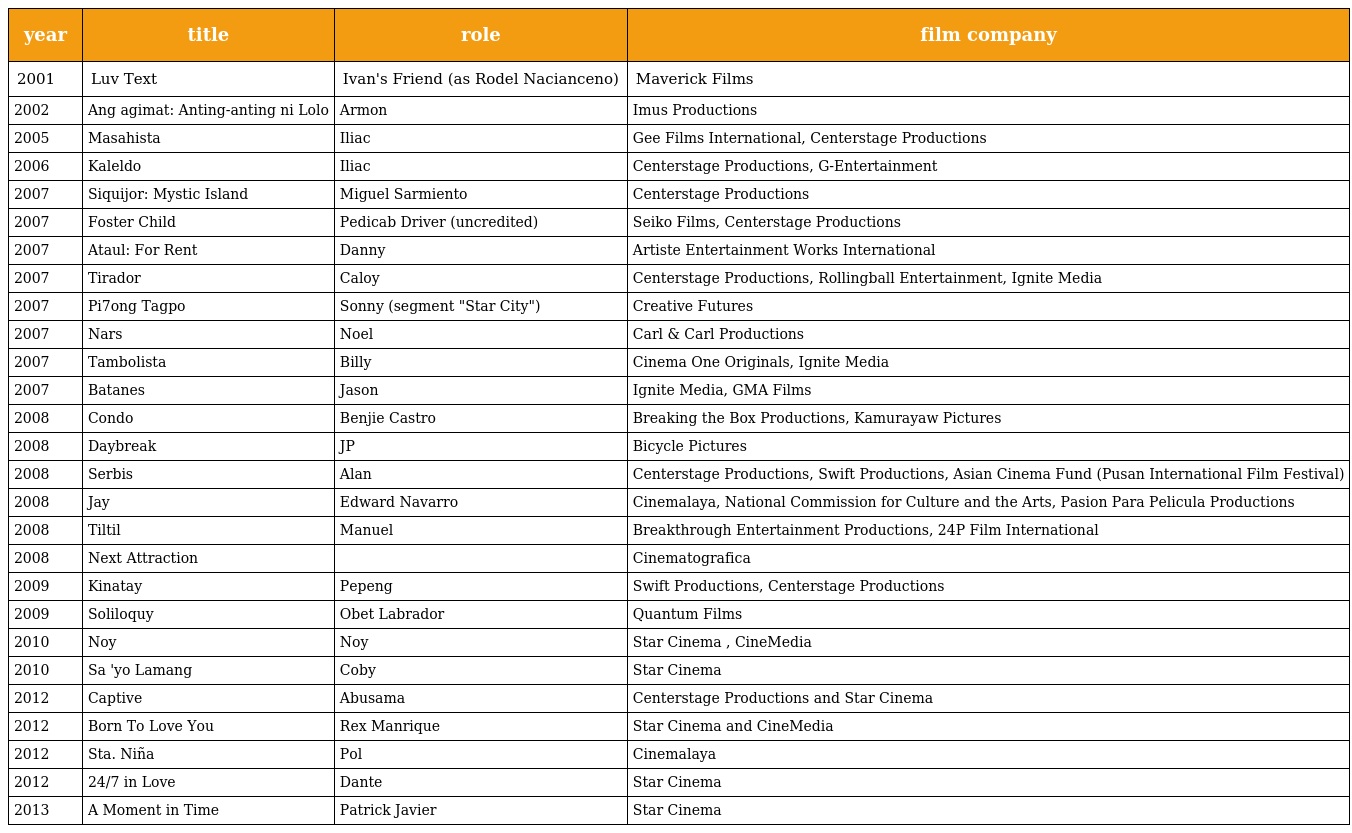
| year | title | role | film company |
 | --- | --- | --- | --- |
 | 2001 | Luv Text | Ivan's Friend (as Rodel Nacianceno) | Maverick Films |
 | 2002 | Ang agimat: Anting-anting ni Lolo | Armon | Imus Productions |
 | 2005 | Masahista | Iliac | Gee Films International, Centerstage Productions |
 | 2006 | Kaleldo | Iliac | Centerstage Productions, G-Entertainment |
 | 2007 | Siquijor: Mystic Island | Miguel Sarmiento | Centerstage Productions |
 | 2007 | Foster Child | Pedicab Driver (uncredited) | Seiko Films, Centerstage Productions |
 | 2007 | Ataul: For Rent | Danny | Artiste Entertainment Works International |
 | 2007 | Tirador | Caloy | Centerstage Productions, Rollingball Entertainment, Ignite Media |
 | 2007 | Pi7ong Tagpo | Sonny (segment "Star City") | Creative Futures |
 | 2007 | Nars | Noel | Carl & Carl Productions |
 | 2007 | Tambolista | Billy | Cinema One Originals, Ignite Media |
 | 2007 | Batanes | Jason | Ignite Media, GMA Films |
 | 2008 | Condo | Benjie Castro | Breaking the Box Productions, Kamurayaw Pictures |
 | 2008 | Daybreak | JP | Bicycle Pictures |
 | 2008 | Serbis | Alan | Centerstage Productions, Swift Productions, Asian Cinema Fund (Pusan International Film Festival) |
 | 2008 | Jay | Edward Navarro | Cinemalaya, National Commission for Culture and the Arts, Pasion Para Pelicula Productions |
 | 2008 | Tiltil | Manuel | Breakthrough Entertainment Productions, 24P Film International |
 | 2008 | Next Attraction |  | Cinematografica |
 | 2009 | Kinatay | Pepeng | Swift Productions, Centerstage Productions |
 | 2009 | Soliloquy | Obet Labrador | Quantum Films |
 | 2010 | Noy | Noy | Star Cinema , CineMedia |
 | 2010 | Sa 'yo Lamang | Coby | Star Cinema |
 | 2012 | Captive | Abusama | Centerstage Productions and Star Cinema |
 | 2012 | Born To Love You | Rex Manrique | Star Cinema and CineMedia |
 | 2012 | Sta. Niña | Pol | Cinemalaya |
 | 2012 | 24/7 in Love | Dante | Star Cinema |
 | 2013 | A Moment in Time | Patrick Javier | Star Cinema |